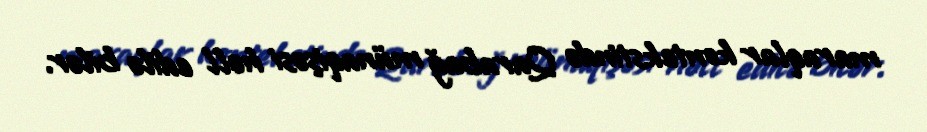
maraqlar kontekstində Qarabağ münaqişəsi həll edilə bilər.